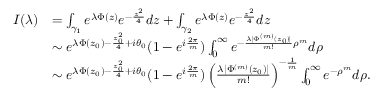
\begin{array} { r l } { I ( \lambda ) } & { = \int _ { \gamma _ { 1 } } e ^ { \lambda \Phi ( z ) } e ^ { - \frac { z ^ { 2 } } { 4 } } d z + \int _ { \gamma _ { 2 } } e ^ { \lambda \Phi ( z ) } e ^ { - \frac { z ^ { 2 } } { 4 } } d z } \\ & { \sim e ^ { \lambda \Phi ( z _ { 0 } ) - \frac { z _ { 0 } ^ { 2 } } { 4 } + i \theta _ { 0 } } ( 1 - e ^ { i \frac { 2 \pi } { m } } ) \int _ { 0 } ^ { \infty } e ^ { - \frac { \lambda | \Phi ^ { ( m ) } ( z _ { 0 } ) | } { m ! } \rho ^ { m } } d \rho } \\ & { \sim e ^ { \lambda \Phi ( z _ { 0 } ) - \frac { z _ { 0 } ^ { 2 } } { 4 } + i \theta _ { 0 } } ( 1 - e ^ { i \frac { 2 \pi } { m } } ) \left( \frac { \lambda | \Phi ^ { ( m ) } ( z _ { 0 } ) | } { m ! } \right) ^ { - \frac { 1 } { m } } \int _ { 0 } ^ { \infty } e ^ { - \rho ^ { m } } d \rho . } \end{array}